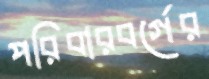
পরিবারবর্গের